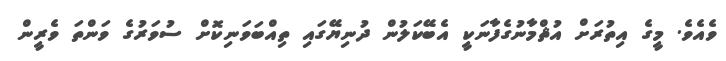
ވެއެވެ. މީގެ އިތުރަށް އުޘްމާނުގެފާނަކީ އެބޭކަލުން ދުނިޔޭގައި ތިއްބަވަނިކޮށް ސުވަރުގެ ވަންތަ ވެރީން